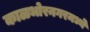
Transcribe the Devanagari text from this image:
काळभोरनगरमध्ये